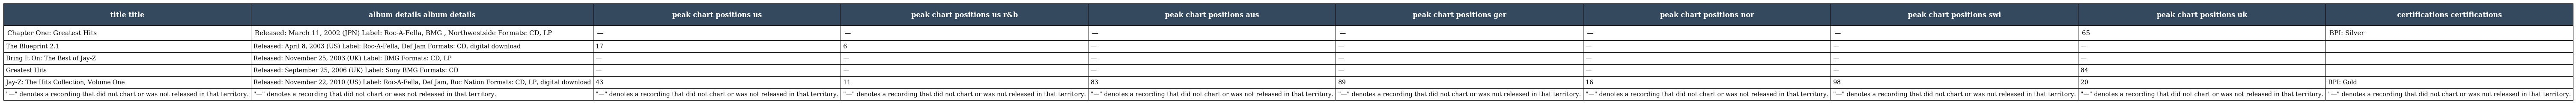
| title title | album details album details | peak chart positions us | peak chart positions us r&b | peak chart positions aus | peak chart positions ger | peak chart positions nor | peak chart positions swi | peak chart positions uk | certifications certifications |
 | --- | --- | --- | --- | --- | --- | --- | --- | --- | --- |
 | Chapter One: Greatest Hits | Released: March 11, 2002 (JPN) Label: Roc-A-Fella, BMG , Northwestside Formats: CD, LP | — | — | — | — | — | — | 65 | BPI: Silver |
 | The Blueprint 2.1 | Released: April 8, 2003 (US) Label: Roc-A-Fella, Def Jam Formats: CD, digital download | 17 | 6 | — | — | — | — | — |  |
 | Bring It On: The Best of Jay-Z | Released: November 25, 2003 (UK) Label: BMG Formats: CD, LP | — | — | — | — | — | — | — |  |
 | Greatest Hits | Released: September 25, 2006 (UK) Label: Sony BMG Formats: CD | — | — | — | — | — | — | 84 |  |
 | Jay-Z: The Hits Collection, Volume One | Released: November 22, 2010 (US) Label: Roc-A-Fella, Def Jam, Roc Nation Formats: CD, LP, digital download | 43 | 11 | 83 | 89 | 16 | 98 | 20 | BPI: Gold |
 | "—" denotes a recording that did not chart or was not released in that territory. | "—" denotes a recording that did not chart or was not released in that territory. | "—" denotes a recording that did not chart or was not released in that territory. | "—" denotes a recording that did not chart or was not released in that territory. | "—" denotes a recording that did not chart or was not released in that territory. | "—" denotes a recording that did not chart or was not released in that territory. | "—" denotes a recording that did not chart or was not released in that territory. | "—" denotes a recording that did not chart or was not released in that territory. | "—" denotes a recording that did not chart or was not released in that territory. | "—" denotes a recording that did not chart or was not released in that territory. |